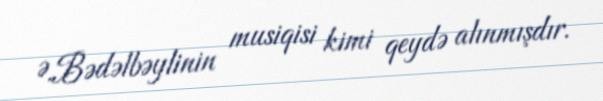
Ə.Bədəlbəylinin musiqisi kimi qeydə alınmışdır.